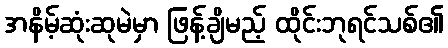
အနိမ့်ဆုံးဆုမဲမှာ ဖြန့်ချိမည့် ထိုင်းဘုရင်သစ်၏